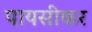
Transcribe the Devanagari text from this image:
पायसीकर